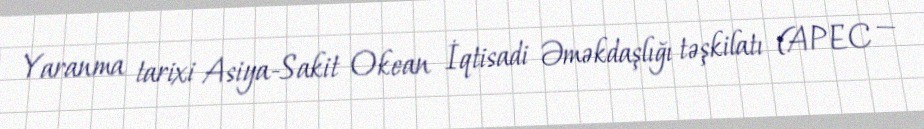
Yaranma tarixi Asiya-Sakit Okean İqtisadi Əməkdaşlığı təşkilatı (APEC —